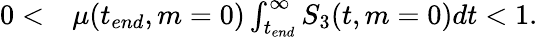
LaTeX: \begin{array}{rl}{0<}&{{}\mu(t_{end},m=0)\int_{t_{end}}^{\infty}S_{3}(t,m=0)dt<1.}\end{array}